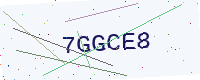
Text: 7GGCE8